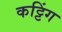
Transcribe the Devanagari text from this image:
कट्टिंग